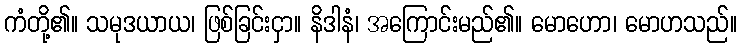
ကံတို့၏။ သမုဒယာယ၊ ဖြစ်ခြင်းငှာ။ နိဒါနံ၊ အကြောင်းမည်၏။ မောဟော၊ မောဟသည်။